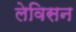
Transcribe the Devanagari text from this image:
लेविसन